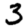
Digit: 3